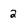
Character: 2